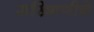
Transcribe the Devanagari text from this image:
रुख्मिणीचे